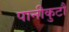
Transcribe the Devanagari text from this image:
पानीकुटौ